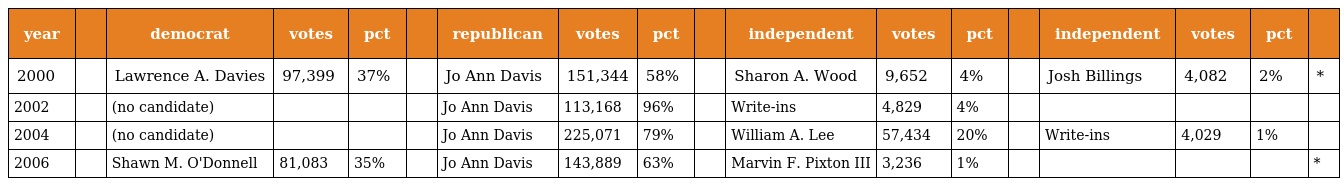
| year |  | democrat | votes | pct |  | republican | votes | pct |  | independent | votes | pct |  | independent | votes | pct |  |
 | --- | --- | --- | --- | --- | --- | --- | --- | --- | --- | --- | --- | --- | --- | --- | --- | --- | --- |
 | 2000 |  | Lawrence A. Davies | 97,399 | 37% |  | Jo Ann Davis | 151,344 | 58% |  | Sharon A. Wood | 9,652 | 4% |  | Josh Billings | 4,082 | 2% | * |
 | 2002 |  | (no candidate) |  |  |  | Jo Ann Davis | 113,168 | 96% |  | Write-ins | 4,829 | 4% |  |  |  |  |  |
 | 2004 |  | (no candidate) |  |  |  | Jo Ann Davis | 225,071 | 79% |  | William A. Lee | 57,434 | 20% |  | Write-ins | 4,029 | 1% |  |
 | 2006 |  | Shawn M. O'Donnell | 81,083 | 35% |  | Jo Ann Davis | 143,889 | 63% |  | Marvin F. Pixton III | 3,236 | 1% |  |  |  |  | * |